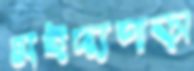
মইদ্যপাড়া